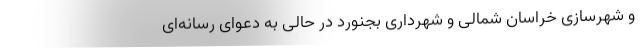
و شهرسازی خراسان شمالی و شهرداری بجنورد در حالی به دعوای رسانه‌ای